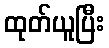
ထုတ်ယူပြီး